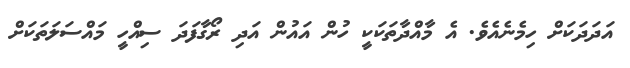
އަދަދަކަށް ހިމެނެއެވެ. އެ މާއްދާތަކަކީ ހުން އައުން އަދި ރޯގާފަދަ ސިއްހީ މައްސަލަތަކަށް